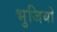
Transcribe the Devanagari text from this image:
भुजियो